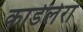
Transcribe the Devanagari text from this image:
कार्डलेरा